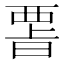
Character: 𭦪